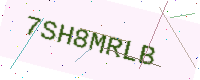
Text: 7SH8MRLB